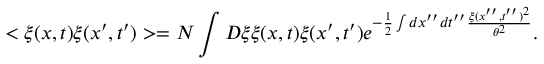
< \xi ( x , t ) \xi ( x ^ { \prime } , t ^ { \prime } ) > = N \int D \xi \xi ( x , t ) \xi ( x ^ { \prime } , t ^ { \prime } ) e ^ { - \frac { 1 } { 2 } \int d x ^ { \prime \prime } d t ^ { \prime \prime } \frac { \xi ( x ^ { \prime \prime } , t ^ { \prime \prime } ) ^ { 2 } } { \theta ^ { 2 } } } .